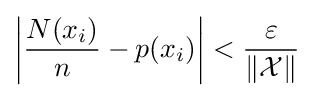
\left|{\frac {N(x_{i})}{n}}-p(x_{i})\right|<{\frac {\varepsilon }{\|{\mathcal {X}}\|}}